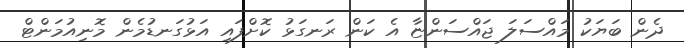
ދެން ބަޔަކު މައްސަލަ ޖައްސަންޏާ އެ ކަން ރަނގަޅު ކޮށްފައި އަޅުގަނޑުމެން މޮނިއުމަންޓް